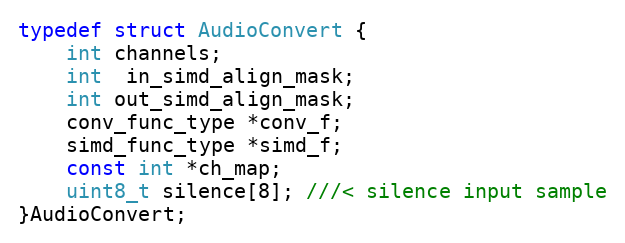
Language: C
typedef struct AudioConvert {
    int channels;
    int  in_simd_align_mask;
    int out_simd_align_mask;
    conv_func_type *conv_f;
    simd_func_type *simd_f;
    const int *ch_map;
    uint8_t silence[8]; ///< silence input sample
}AudioConvert;